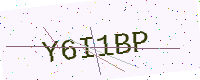
Text: Y6I1BP